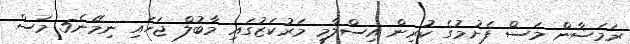
ރަމަޟާން މަސް ފެށުމުގެ ކުރިން އިސްލާމީ މަރުކަޒުގައި މާބުލް ޖަހައި ނިމޭނެ5 މަސް